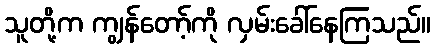
သူတို့က ကျွန်တော့်ကို လှမ်းခေါ်နေကြသည်။